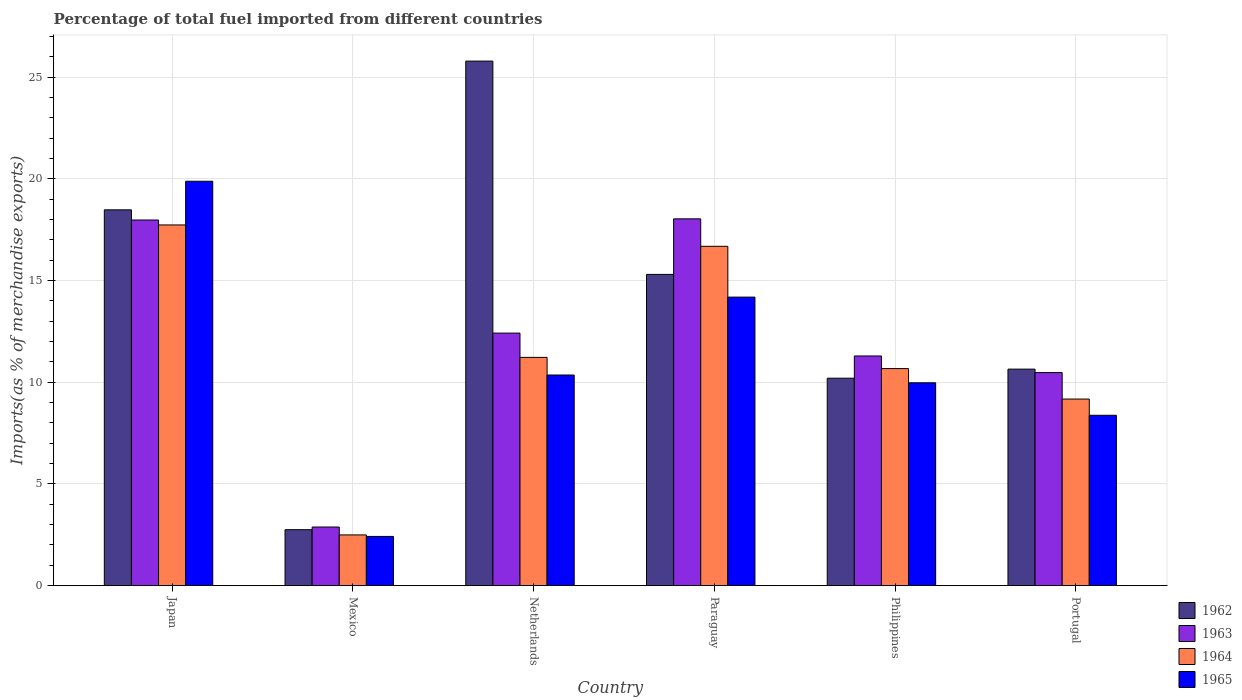
| Country | 1962 | 1963 | 1964 | 1965 |
 | --- | --- | --- | --- | --- |
 | Japan | 18.5 | 18 | 17.7 | 19.9 |
 | Mexico | 2.75 | 2.88 | 2.49 | 2.42 |
 | Netherlands | 25.8 | 12.4 | 11.2 | 10.4 |
 | Paraguay | 15.3 | 18 | 16.7 | 14.2 |
 | Philippines | 10.2 | 11.3 | 10.7 | 9.97 |
 | Portugal | 10.6 | 10.5 | 9.17 | 8.37 |